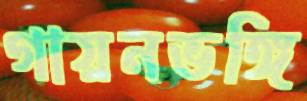
গায়নভঙ্গি